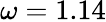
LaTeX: \omega=1.14